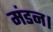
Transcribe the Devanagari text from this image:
मंडन।